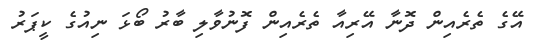
އޭގެ ތެރެއިން ދޮނާ އޭރިއާ ތެރެއިން ފޮނުވާލި ބާރު ބޯޅަ ނިއުގެ ކީޕަރު